system: You are a helpful assistant.
user:
Analyze the provided spectrum to determine if it is a **S-type Star**.

- **Key Indicators for S-type Star:**

    - **(Overall Spectrum Shape):** The first and most obvious characteristic is the overall continuum (the "baseline" shape). It is **extremely "red-sloping,"** meaning the flux (light intensity) is very low on the left side (blue, ~4000-4500 Å) and rises steeply and continuously toward the right side (red, ~7000 Å+).

    - **(Primary):** The spectrum is defined by the presence of strong, broad molecular absorption "valleys" (bands) from **Zirconium Oxide (ZrO)**. The identification of these bands is the **primary requirement** for classifying a star as S-type.
        - **(Key Bandheads):** You must find distinct, deep "dips" where the light has been absorbed. The most critical band systems to locate are:
            - **~6474 Å** ($\gamma$-system): This is often the strongest and clearest ZrO feature, found in the red part of the spectrum.
            - **~5718 Å** & **~5551 Å** ($\beta$-system): A pair of prominent absorption features in the yellow-orange part of the spectrum.
            - **~4640 Å** ($\alpha$-system): A key absorption band system in the blue-green region of the spectrum.

    - **(Secondary Confirmation):** The classification is strengthened by finding additional absorption bands from other related heavy element oxides, which are expected to be present alongside ZrO.
        - **(Key Bandheads):**
            - **Yttrium Oxide (YO):** Look for absorption dips near **~4800 Å** and **~6100 Å**.
            - **Lanthanum Oxide (LaO):** Additional absorption features, particularly in the red-orange part of the spectrum, are also characteristic.

    - **(Line Profile):** The combination of the steep red continuum and these numerous, deep molecular bands (ZrO, YO, etc.) gives the entire spectrum a very **"chopped-up"** or **"bumpy"** appearance. Instead of a smooth curve, the spectrum looks as though large, wide chunks of light have been "carved out" of it at the specific wavelengths listed above.

Think first, call **spectral_visualization_tool** if needed to examine features in detail, then provide your final answer. Your response must adhere to the following strict rules:
1.  **Overall Structure:** Your response must follow the format `<think>...</think> <tool_call>...</tool_call> (if a tool is used) <answer>...</answer>`.
2.  **Tool Usage Constraint:** You may only make **one** tool call per turn.
3.  **Final Answer Format:** In the `<answer>` tag, your conclusion must be inside a `\boxed{}` command (e.g., `\boxed{YES}` or `\boxed{NO}`), followed by your justification.

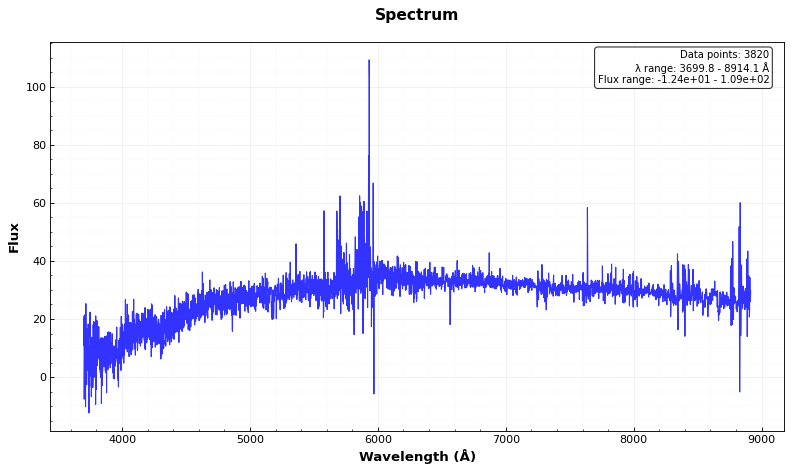
Answer: NO